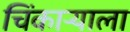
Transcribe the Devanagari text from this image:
चिंकाऱ्याला